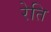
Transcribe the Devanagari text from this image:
रेति